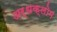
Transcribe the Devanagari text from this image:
अर्धक्लोम